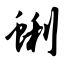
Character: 蜊